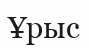
Ұрыс